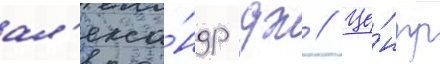
ал'екса́ндр дж // Це́нтр